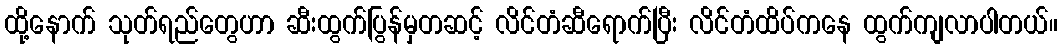
ထို့နောက် သုတ်ရည်တွေဟာ ဆီးထွက်ပြွန်မှတဆင့် လိင်တံဆီရောက်ပြီး လိင်တံထိပ်ကနေ ထွက်ကျလာပါတယ်။